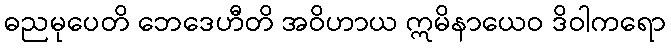
ဓညမုပေတိ ဘေဒေဟီတိ အဝိဟာယ ဣမိနာယေဝ ဒိဝါကရော